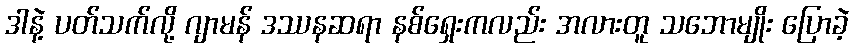
ဒါနဲ့ ပတ်သက်လို့ ဂျာမန် ဒဿနဆရာ နစ်ရှေးကလည်း အလားတူ သဘောမျိုး ပြောခဲ့